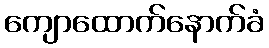
ကျောထောက်နောက်ခံ